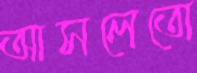
আসলেতো